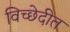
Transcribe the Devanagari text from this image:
विच्छेदीत